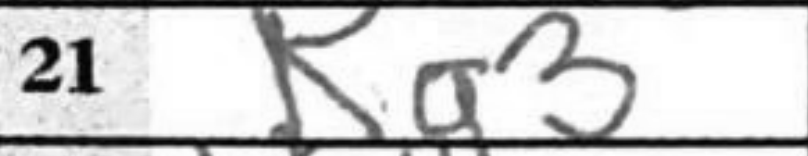
Transcription: Kg3